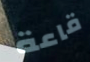
قاعة